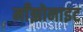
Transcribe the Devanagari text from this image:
माँझोनाइट